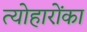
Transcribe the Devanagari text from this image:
त्योहारोंका